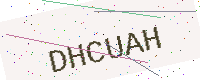
Text: DHCUAH